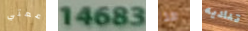
عمتي 14683 هذا تناديه